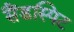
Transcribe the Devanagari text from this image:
सैंडस्पिट